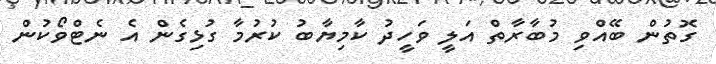
ގޮތުން ބޭއްވި މުބާރާތް އަލީ ވަހީދު ކާމިޔާބު ކުރުމާ ގުޅިގެން އެ ނެޓްވޯކުން